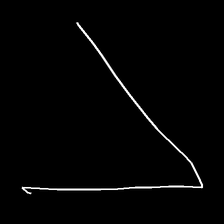
Glyph: region